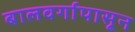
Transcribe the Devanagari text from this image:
बालवर्गापासून